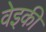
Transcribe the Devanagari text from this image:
वेइकी